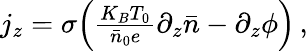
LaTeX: \begin{array}{r}{j_{z}=\sigma\Big(\frac{K_{B}T_{0}}{\bar{n}_{0}e}\partial_{z}\bar{n}-\partial_{z}\phi\Big)\, ,}\end{array}